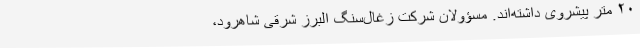
۲۰ متر پیشروی داشته‌اند. مسؤولان شرکت زغال‌سنگ البرز شرقی شاهرود،